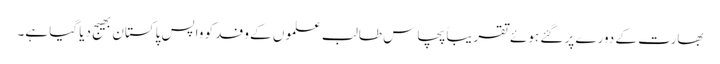
بھارت کے دورے پر گئے ہوئے تقریباً پچاس طالب علموں کے وفد کو واپس پاکستان بھیج دیا گیا ہے۔